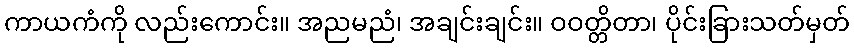
ကာယကံကို လည်းကောင်း။ အညမညံ၊ အချင်းချင်း။ ဝဝတ္တိတာ၊ ပိုင်းခြားသတ်မှတ်